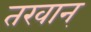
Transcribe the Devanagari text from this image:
तरवान्